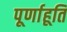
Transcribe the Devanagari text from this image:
पूर्णाहूति